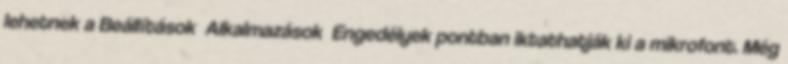
lehetnek a Beállítások Alkalmazások Engedélyek pontban iktathatják ki a mikrofont. Még